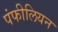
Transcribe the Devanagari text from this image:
पंफीलियन